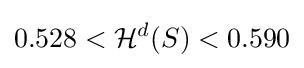
0.528<{\mathcal {H}}^{d}(S)<0.590